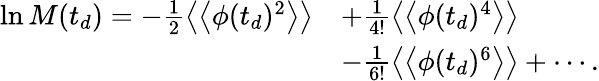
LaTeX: \begin{array}{rl}{\ln M(t_{d})=-\frac{1}{2}\left\langle\left\langle\phi(t_{d})^{2}\right\rangle\right\rangle}&{+\frac{1}{4!}\left\langle\left\langle\phi(t_{d})^{4}\right\rangle\right\rangle}\\ &{-\frac{1}{6!}\left\langle\left\langle\phi(t_{d})^{6}\right\rangle\right\rangle+\cdots.}\end{array}